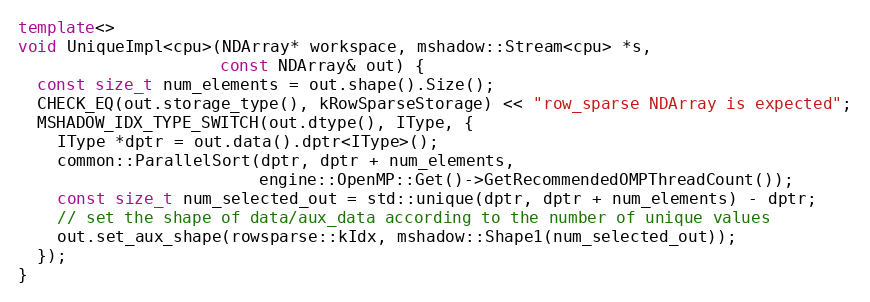
Language: C++
template<>
void UniqueImpl<cpu>(NDArray* workspace, mshadow::Stream<cpu> *s,
                     const NDArray& out) {
  const size_t num_elements = out.shape().Size();
  CHECK_EQ(out.storage_type(), kRowSparseStorage) << "row_sparse NDArray is expected";
  MSHADOW_IDX_TYPE_SWITCH(out.dtype(), IType, {
    IType *dptr = out.data().dptr<IType>();
    common::ParallelSort(dptr, dptr + num_elements,
                         engine::OpenMP::Get()->GetRecommendedOMPThreadCount());
    const size_t num_selected_out = std::unique(dptr, dptr + num_elements) - dptr;
    // set the shape of data/aux_data according to the number of unique values
    out.set_aux_shape(rowsparse::kIdx, mshadow::Shape1(num_selected_out));
  });
}